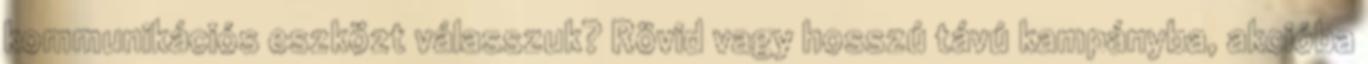
kommunikációs eszközt válasszuk? Rövid vagy hosszú távú kampányba, akcióba